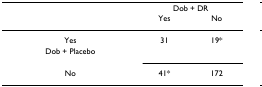
<table><thead><tr><td></td><td colspan="2"><b>Dob + DR</b></td></tr><tr><td></td><td><b>Yes</b></td><td><b>No</b></td></tr></thead><tbody><tr><td>Yes</td><td>31</td><td>19*</td></tr><tr><td>Dob + Placebo</td><td></td><td></td></tr><tr><td>No</td><td>41*</td><td>172</td></tr></tbody></table>